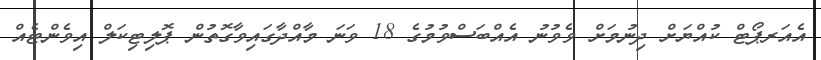
އެއަރޕޯޓް ކުއްޔަށް ދިނުމަށް ވެވުނު އެއްބަސްވުމުގެ 18 ވަނަ މާއްދާގައިވާގޮތުން ޕޮލިޓިކަލް އިވެންޓެއް